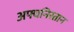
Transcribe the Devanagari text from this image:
अफ्घनिस्तान